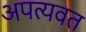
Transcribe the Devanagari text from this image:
अपत्यवत